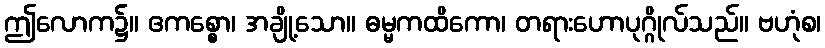
ဤလောက၌။ ဧကစ္စော၊ အချို့သော။ ဓမ္မကထိကော၊ တရားဟောပုဂ္ဂိုလ်သည်။ ဗဟုံစ၊